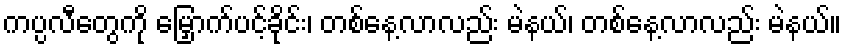
ကပ္ပလီတွေကို မြှောက်ပင့်ခိုင်း၊ တစ်နေ့လာလည်း မဲနယ်၊ တစ်နေ့လာလည်း မဲနယ်။